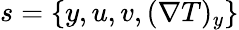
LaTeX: s=\{ y,u,v,(\nabla T)_{y}\}